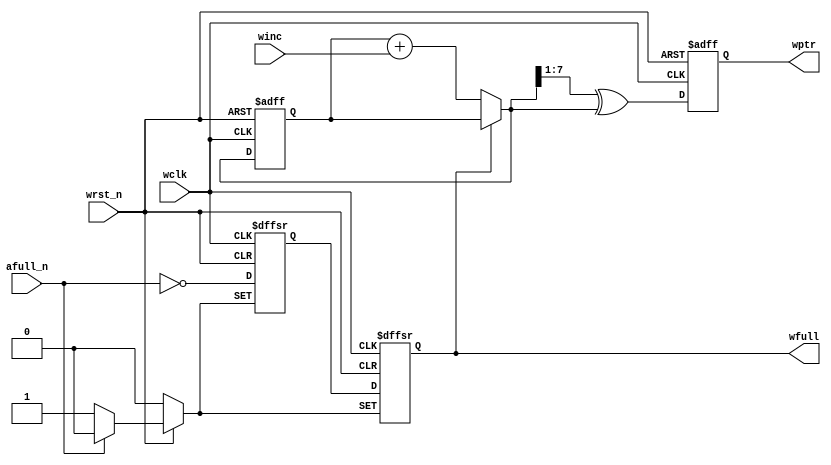
`timescale 1ns / 1ps
//////////////////////////////////////////////////////////////////////////////////
// Company: 
// Engineer: 
// 
// Design Name: 
// Module Name: rptr_empty
// Project Name: 
// Target Devices: 
// Tool Versions: 
// Description: 
// 
// Dependencies: 
// 
// Revision:
// Revision 0.01 - File Created
// Additional Comments:
// 
//////////////////////////////////////////////////////////////////////////////////

module wptr_full (wfull, wptr, afull_n, winc, wclk, wrst_n);
    parameter               ADDRSIZE = 8;
    output                  wfull;
    output  [ADDRSIZE-1:0]  wptr;
    input                   afull_n;
    input                   winc, wclk, wrst_n;
    reg     [ADDRSIZE-1:0]  wptr, wbin;
    reg                     wfull, wfull2;
    wire    [ADDRSIZE-1:0]  wgnext, wbnext;
    //---------------------------------------------------------------
    // GRAYSTYLE2 pointer
    //---------------------------------------------------------------
    always @(posedge wclk or negedge wrst_n)
        if (!wrst_n) begin
            wbin <= 0;
            wptr <= 0;
        end
        else begin
            wbin <= wbnext;
            wptr <= wgnext;
        end
    //---------------------------------------------------------------
    // increment the binary count if not full
    //---------------------------------------------------------------
    assign wbnext = !wfull ? wbin + winc : wbin;
    assign wgnext = (wbnext>>1) ^ wbnext; // binary-to-gray conversion
    
    always @(posedge wclk or negedge wrst_n or negedge afull_n)
        if      (!wrst_n )  {wfull,wfull2} <= 2'b00;
        else if (!afull_n)  {wfull,wfull2} <= 2'b11;
        else                {wfull,wfull2} <= {wfull2,~afull_n};
endmodule